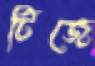
টিজে